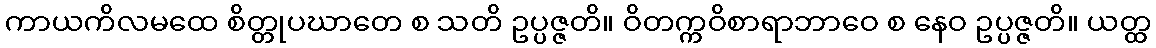
ကာယကိလမထေ စိတ္တုပဃာတေ စ သတိ ဥပ္ပဇ္ဇတိ။ ဝိတက္ကဝိစာရာဘာဝေ စ နေဝ ဥပ္ပဇ္ဇတိ။ ယတ္ထ